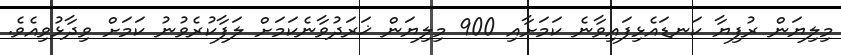
މިލިޔަން ރުފިޔާ ކަނޑައެޅިފައިވާނެ ކަމަށާއި 900 މިލިޔަން ޚަރަދުވާނެކަމަށް ލަފާކުރެވުނު ކަމަށް ވިދާޅުވިއެވެ.